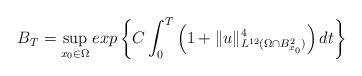
LaTeX: \begin{align*}B_T=\sup_{x_0\in\Omega}exp\left\{C\int_0^T\left(1+\|u\|^4_{L^{12}(\Omega\cap B^2_{x_0})}\right)dt\right\}\end{align*}